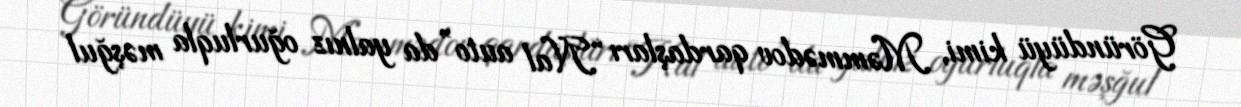
Göründüyü kimi, Məmmədov qardaşları “Nal auto”da yalnız oğurluqla məşğul